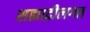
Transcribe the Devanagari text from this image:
सह्याद्रीलगत